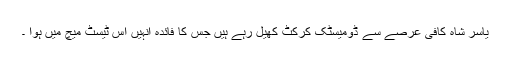
یاسر شاہ کافی عرصے سے ڈومیسٹک کرکٹ کھیل رہے ہیں جس کا فائدہ انہیں اس ٹیسٹ میچ میں ہوا ۔